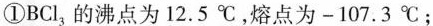
①BCl_{3}的沸点为12.5℃，熔点为-107.3℃；